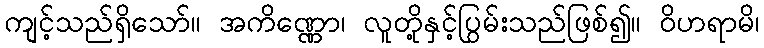
ကျင့်သည်ရှိသော်။ အကိဏ္ဏော၊ လူတို့နှင့်ပြွမ်းသည်ဖြစ်၍။ ဝိဟရာမိ၊